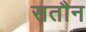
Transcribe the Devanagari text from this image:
सतौन